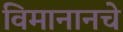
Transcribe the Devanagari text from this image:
विमानानचे